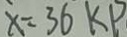
x = 3 6 k p